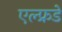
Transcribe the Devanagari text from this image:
एल्फ्रडे